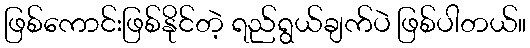
ဖြစ်ကောင်းဖြစ်နိုင်တဲ့ ရည်ရွယ်ချက်ပဲ ဖြစ်ပါတယ်။